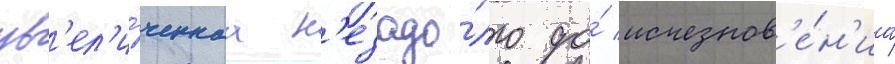
ув'ел'и́ченнаа н'езадо́лго до́ исчезнов'е́н'иа